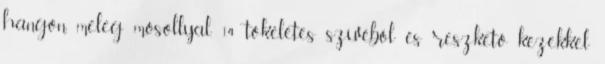
hangon, meleg mosollyal. 14 tökéletes szívéből és reszkető kezekkel